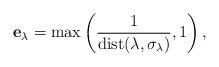
LaTeX: \begin{align*}\mathbf{e}_\lambda=\max\left(\frac{1}{\mathrm{dist}(\lambda ,\sigma_\lambda)},1\right),\end{align*}